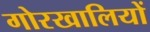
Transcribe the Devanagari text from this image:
गोरखालियों